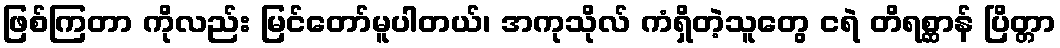
ဖြစ်ကြတာ ကိုလည်း မြင်တော်မူပါတယ်၊ အကုသိုလ် ကံရှိတဲ့သူတွေ ငရဲ တိရစ္ဆာန် ပြိတ္တာ